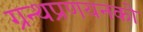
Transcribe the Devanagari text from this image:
ग्रन्थप्रणयनकाे